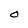
Character: O